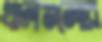
খালগুলোর